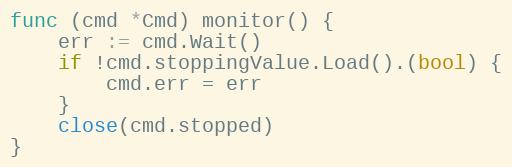
Language: Go
func (cmd *Cmd) monitor() {
	err := cmd.Wait()
	if !cmd.stoppingValue.Load().(bool) {
		cmd.err = err
	}
	close(cmd.stopped)
}